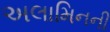
અલામિનની